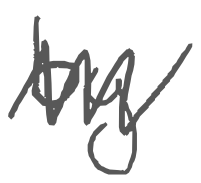
Text: by
Cross-out: zig-zag
Writing tool: digital_gray